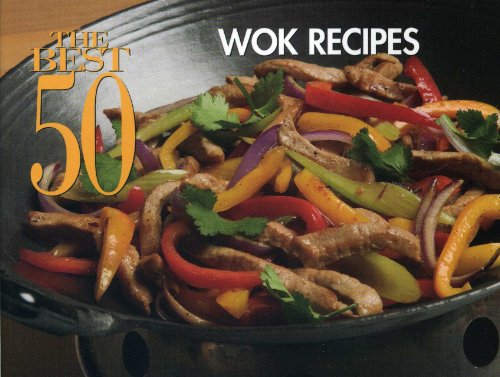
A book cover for The Best 50 Wok Recipes; Bristol Publishing Staff; Cookbooks, Food & Wine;